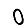
Digit: 0